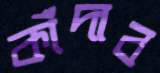
কাঁদাব